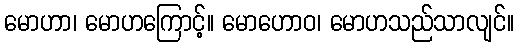
မောဟာ၊ မောဟကြောင့်။ မောဟောဝ၊ မောဟသည်သာလျင်။